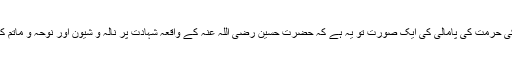
ماہ محرم کی حرمت کی پامالی کی ایک صورت تو یہ ہے کہ حضرت حسین رضی اللہ عنہ کے واقعہ شہادت پر نالہ و شیون اور نوحہ و ماتم کیا جاتا ہے۔